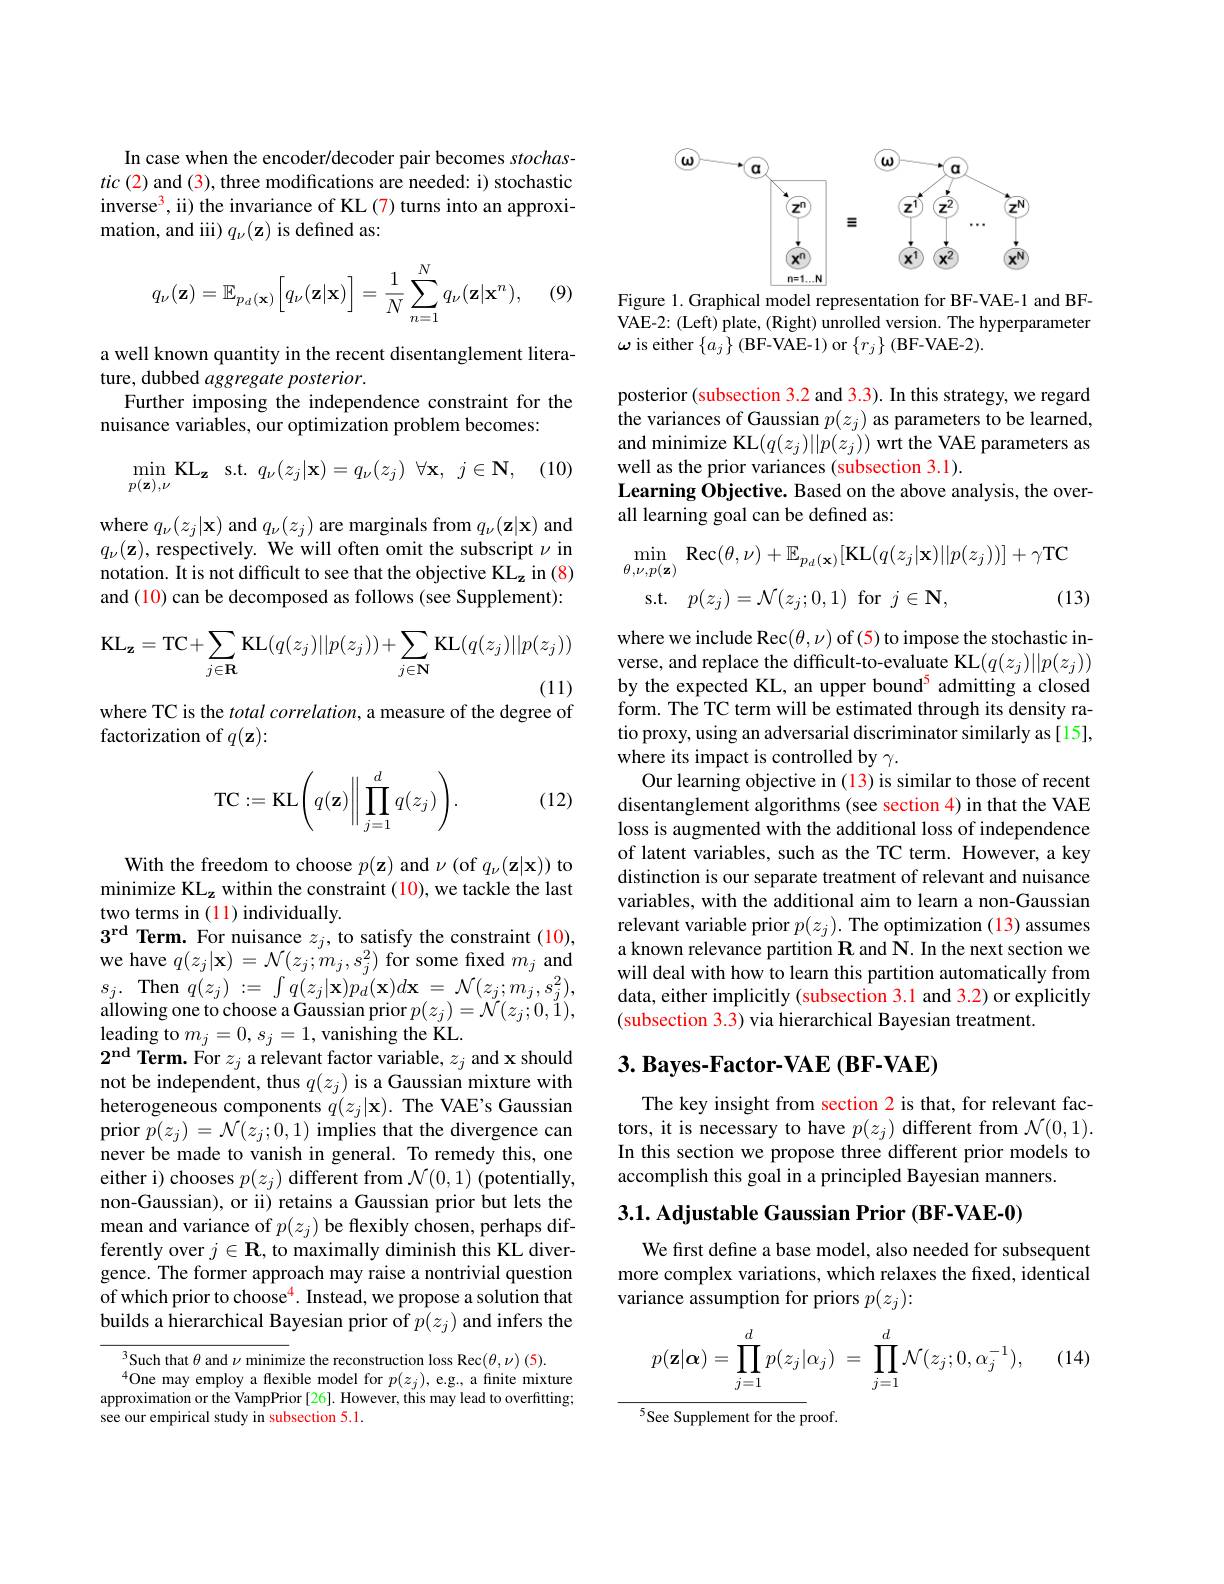
In case when the encoder/decoder pair becomes stochas- $tic(2)$ and (3), three modifications are needed: i) stochastic inverse$^3$,ii) the invariance of KL(7) turns into an approximation, and iii) $q_\nu(\mathbf{z})$ is defined as:
$$q_\nu(\mathbf{z})=\mathbb{E}_{p_d(\mathbf{x})}\Big[q_\nu(\mathbf{z}|\mathbf{x})\Big]=\frac{1}{N}\sum_{n=1}^Nq_\nu(\mathbf{z}|\mathbf{x}^n),$$
(9)

a well known quantity in the recent disentanglement litera-
ture, dubbed aggregate posterior.
Further imposing the independence constraint for the
nuisance variables, our optimization problem becomes:

, (10)
$$\min\limits_{p(\mathbf{z}),\nu}\mathrm{KL}_{\mathbf{z}}\quad\mathrm{s.t.}\:q_{\nu}(z_{j}|\mathbf{x})=q_{\nu}(z_{j})\:\forall\mathbf{x},\:j\in\mathbf{N},$$
where $q_\nu(z_j|\mathbf{x})$ and $q_\nu(z_j)$ are marginals from $q_\nu(\mathbf{z}|\mathbf{x})$ and $q_\nu(\mathbf{z})$, respectively. We will often omit the subscript $\nu$ in notation. It is not difficult to see that the objective KL_z in (8) and (10) can be decomposed as follows (see Supplement):
$$\mathrm{KL}_{\mathbf{z}}=\mathrm{TC}+\sum_{j\in\mathbf{R}}\mathrm{KL}(q(z_{j})||p(z_{j}))+\sum_{j\in\mathbf{N}}\mathrm{KL}(q(z_{j})||p(z_{j}))$$
where TC is the total correlation, a measure of the degree of
factorization of $q(\mathbf{z}):$

(12)
$$\mathrm{TC}:=\mathrm{KL}\Bigg(q(\mathbf{z})\Bigg\Vert\prod_{j=1}^dq(z_j)\Bigg).$$
With the freedom to choose $p(\mathbf{z})$ and $\nu$ (of $q_\nu(\mathbf{z}|\mathbf{x}))$ to minimize KL$_\mathbf{z}$ within the constraint (10), we tackle the last two terms in (11) individually.
$3^{\mathrm{rd}}\textbf{Term. For nuisance }z_{j}$,to satisfy the constraint (10), we have $q(z_{j}|\mathbf{x})=\mathcal{N}(z_{j};m_{j},s_{j}^{2})$ for some fixed $m_{j}$ and $s_{j}.$ Then $q(z_{j}):=\int q(z_{j}|\mathbf{x})p_{d}(\mathbf{x})d\mathbf{x}=\mathcal{N}(z_{j};m_{j},s_{j}^{2})$, allowing one to choose a Gaussian prior $p(z_j)=\tilde{\mathcal{N}}(z_j;0,1)$, leading to $m_{j}=0,s_{j}=1$,vanishing the KL.
$2^{\mathrm{nd}}$ Term. For $z_j$ a relevant factor variable, $z_j$ and x should not be independent, thus $q(z_j)$ is a Gaussian mixture with heterogeneous components $q(z_j|\mathbf{x}).$ The VAE's Gaussian prior $p(z_j)=\mathcal{N}(z_j;0,1)$ implies that the divergence can never be made to vanish in general. To remedy this, one either i) chooses $p(z_j)$ different from $\mathcal{N}(0,1)$ (potentially, non-Gaussian), or ii) retains a Gaussian prior but lets the mean and variance of $p(z_j)$ be flexibly chosen, perhaps differently over $j\in\mathbf{R}$,to maximally diminish this KL divergence. The former approach may raise a nontrivial question of which prior to choose$^{4}$. Instead, we propose a solution that builds a hierarchical Bayesian prior of $p(z_j)$ and infers the

$^{3}$Such that $\theta$ and $\nu$ minimize the reconstruction loss Rec$(\theta,\nu)(5).$
$^{4}$One may employ a flexible model for $p(z_j)$, e.g., a finite mixture approximation or the VampPrior [26]. However, this may lead to overfitting; see our empirical study in subsection 5.1.

<FigureHere>

Figure 1. Graphical model representation for BF-VAE-1 and BFVAE-2: (Left) plate, (Right) unrolled version. The hyperparameter $\omega$ is either $\{a_j\}$ (BF-VAE-1) or $\{r_j\}$ (BF-VAE-2).

posterior (subsection 3.2 and 3.3). In this strategy, we regard the variances of Gaussian $p(z_j)$ as parameters to be learned, and minimize KL$(q(z_j)||p(z_j))$ wrt the VAE parameters as well as the prior variances (subsection 3.1).
Learning Objective. Based on the above analysis, the over-
all learning goal can be defined as:
$$\begin{aligned}\min_{\theta,\nu,p(\mathbf{z})}&\mathrm{Rec}(\theta,\nu)+\mathbb{E}_{p_{d}(\mathbf{x})}[\mathrm{KL}(q(z_{j}|\mathbf{x})||p(z_{j}))]+\gamma\mathrm{TC}\\\mathrm{s.t.}&p(z_{j})=\mathcal{N}(z_{j};0,1)\:\mathrm{for}\:j\in\mathbf{N},&\text{(13}\end{aligned}$$
where we include Rec$(\theta,\nu)$ of (5) to impose the stochastic inverse, and replace the difficult-to-evaluate KL$(q(z_j)||p(z_j))$ by the expected KL, an upper bound$^{5}$ admitting a closed form. The TC term will be estimated through its density ratio proxy, using an adversarial discriminator similarly as [15], where its impact is controlled by $\gamma.$
Our learning objective in (13) is similar to those of recent disentanglement algorithms (see section 4) in that the VAE loss is augmented with the additional loss of independence of latent variables, such as the TC term. However, a key distinction is our separate treatment of relevant and nuisance variables, with the additional aim to learn a non-Gaussian relevant variable prior $p(z_j).$ The optimization $\color{red}{(13)}$ assumes a known relevance partition $\mathbf{R}$ and N. In the next section we will deal with how to learn this partition automatically from data, either implicitly (subsection 3.1 and 3.2) or explicitly (subsection 3.3) via hierarchical Bayesian treatment.

# $3. \textbf{ Bayes- Factor- VAE ( BF- VAE) }$

The key insight from section 2 is that, for relevant fac- $\begin{array}{l}\text{tors, it is necessary to have }p(z_{j})\text{ different from }\mathcal{N}(0,1).\\\text{In this section we propose three different prior models to}\end{array}$ accomplish this goal in a principled Bayesian manners.

3.1. Adjustable Gaussian Prior (BF-VAE-0)

We first define a base model, also needed for subsequent more complex variations, which relaxes the fixed, identical variance assumption for priors $p(z_j){:}$

(14)
$$p(\mathbf{z}|\boldsymbol\alpha)=\prod\limits_{j=1}^dp(z_j|\alpha_j)\:=\:\prod\limits_{j=1}^d\mathcal N(z_j;0,\alpha_j^{-1}),$$
$^{5}$See Supplement for the proof.